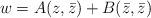
LaTeX: \begin{align*}w = A(z,\bar{z}) + B(\bar{z},\bar{z})\end{align*}